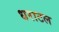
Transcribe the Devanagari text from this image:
धराटल